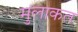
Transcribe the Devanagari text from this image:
मुलाकत